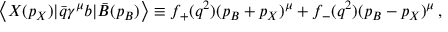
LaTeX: \left< X ( p _ { X } ) | \bar { q } \gamma ^ { \mu } b | \bar { B } ( p _ { B } ) \right> \equiv f _ { + } ( q ^ { 2 } ) ( p _ { B } + p _ { X } ) ^ { \mu } + f _ { - } ( q ^ { 2 } ) ( p _ { B } - p _ { X } ) ^ { \mu } \, ,